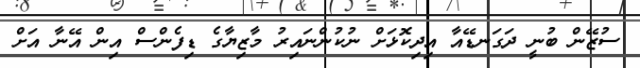
ސުޒޭން ބުނީ ދަގަނޑޭއާ އިދިކޮޅަށް ނުކުންނައިރު މާޒިޔާގެ ޑިފެންސް އިން އޭނާ އަށް